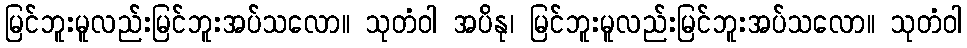
မြင်ဘူးမူလည်းမြင်ဘူးအပ်သလော။ သုတံဝါ အပိနု၊ မြင်ဘူးမူလည်းမြင်ဘူးအပ်သလော။ သုတံဝါ